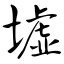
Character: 墟